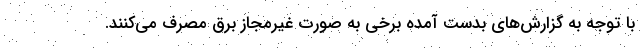
با توجه به گزارش‌های بدست آمده برخی به صورت غیرمجاز برق مصرف می‌کنند.